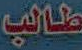
طالب